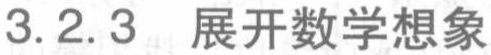
3.2.3 展开数学想象